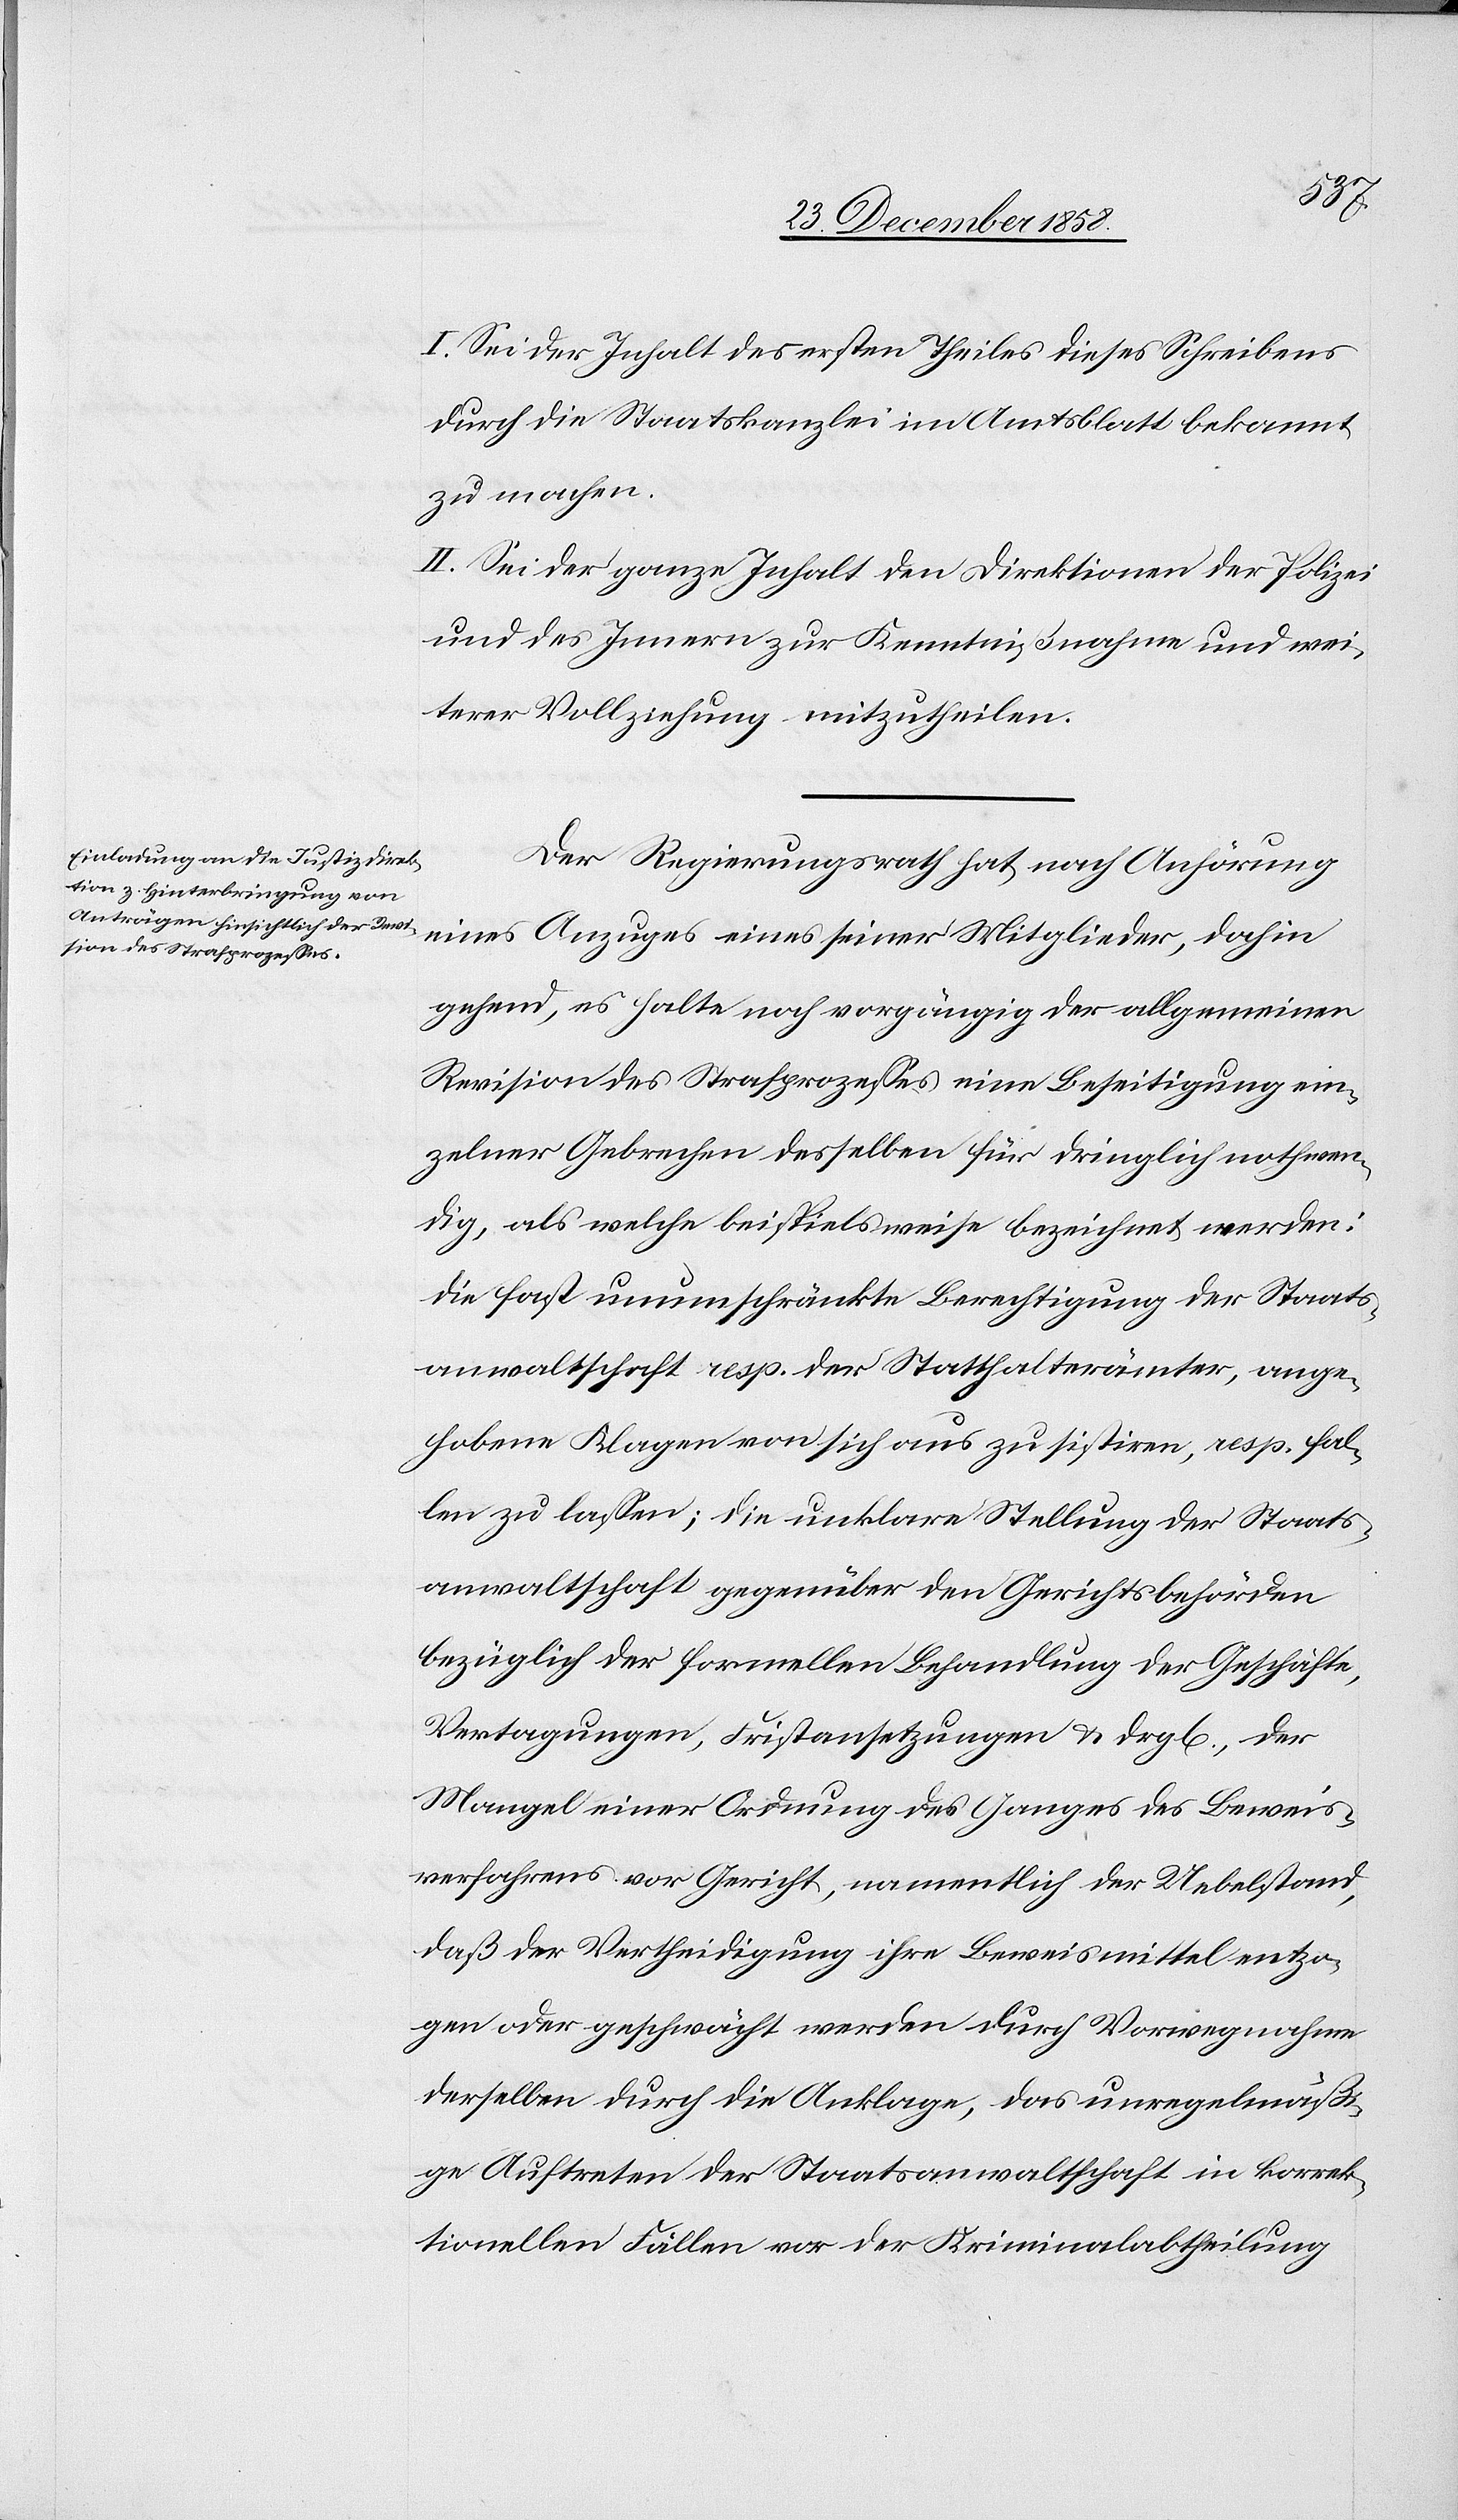
I. Sei der Inhalt des ersten Theiles dieses Schreibens
durch die Staatskanzlei im Amtsblatt bekannt
zu machen.
II. Sei der ganze Inhalt den Direktionen der Polizei
und des Innern zur Kenntnißnahme und wei¬
terer Vollziehung mitzutheilen.
Der Regierungsrath hat, nach Anhörung
eines Anzuges eines seiner Mitglieder, dahin
gehend, es halte noch vorgängig der allgemeinen
Revision des Strafprozesses eine Beseitigung ein¬
zelner Gebrechen desselben für dringlich nothwen¬
dig, als welche beispielsweise bezeichnet werden:
die fast unumschränkte Berechtigung der Staats¬
anwaltschaft resp. der Statthalterämter, ange¬
hobene Klagen von sich aus zu sistiren, resp. fal¬
len zu lassen; die unklare Stellung der Staats¬
anwaltschaft gegenüber den Gerichtsbehörden
bezüglich der formellen Behandlung der Geschäfte,
Vertagungen, Fristansetzungen & dg[leichen], der
Mangel einer Ordnung des Ganges des Beweis¬
verfahrens vor Gericht, namentlich der Uebelstand,
daß der Vertheidigung ihre Beweismittel entzo¬
gen oder geschwächt werden durch Vorwegnahme
derselben durch die Anklage, das unregelmäßi¬
ge Auftreten der Staatsanwaltschaft in korrek¬
tionellen Fällen vor der Kriminalabtheilung